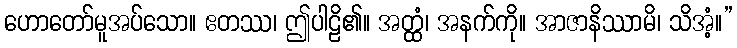
ဟောတော်မူအပ်သော။ ဧတဿ၊ ဤပါဠိ၏။ အတ္ထံ၊ အနက်ကို။ အာဇာနိဿာမိ၊ သိအံ့။”